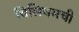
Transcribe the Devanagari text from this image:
विलियमची